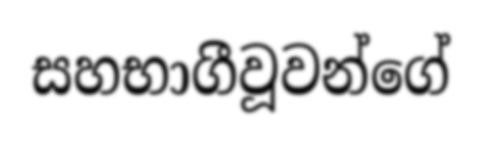
සහභාගීවූවන්ගේ